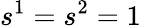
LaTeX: s^{1}=s^{2}=1